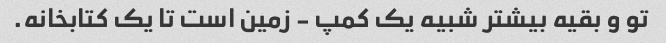
تو و بقیه بیشتر شبیه یک کمپ - زمین است تا یک کتابخانه.